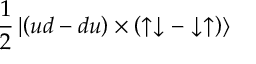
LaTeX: \frac 1 2 \left| \left( u d - d u \right) \times \left( \uparrow \downarrow - \downarrow \uparrow \right) \right>